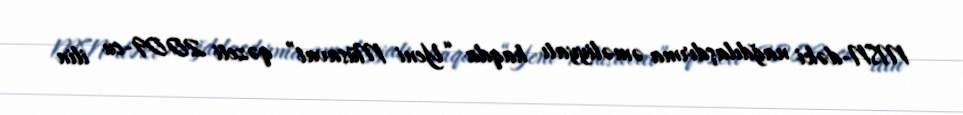
MSN-dəki nağdılaşdırma əməliyyatı haqda “Yeni Müsavat” qəzeti 2009-cu ilin